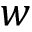
w